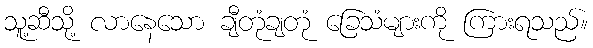
သူ့ဆီသို့ လာနေသော ချီတုံချတုံ ခြေသံများကို ကြားရသည်။